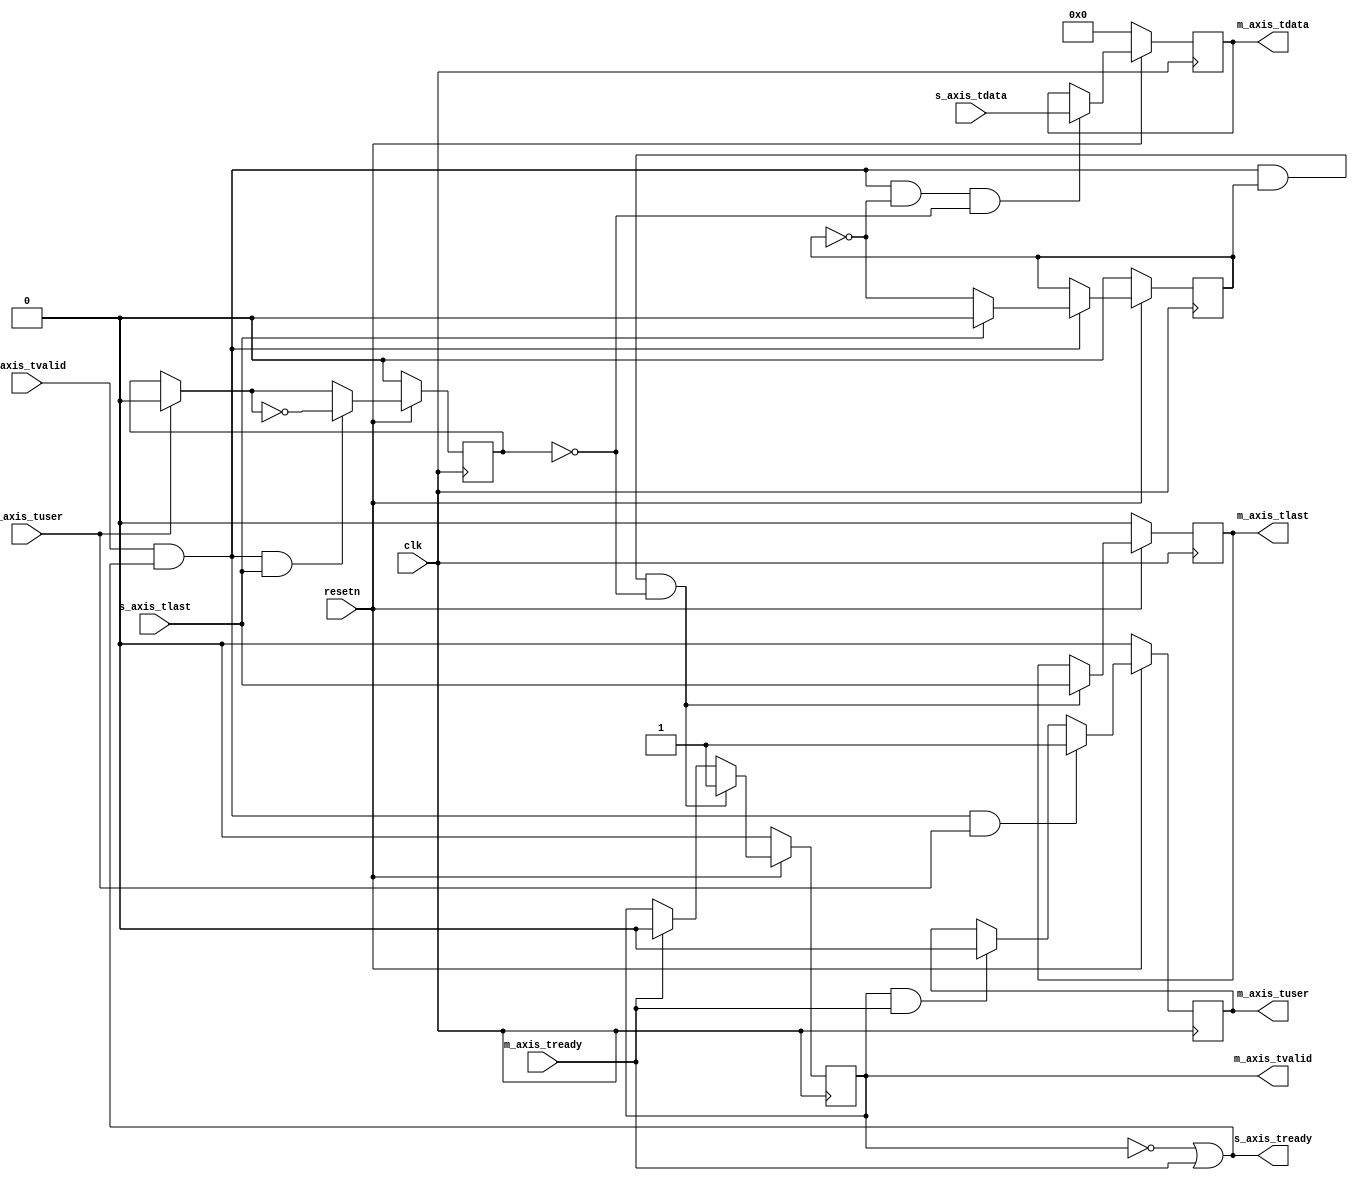
`timescale 1ns / 1ps
//////////////////////////////////////////////////////////////////////////////////
// Company:
// Engineer:
//
// Design Name:
// Module Name: scaler
// Project Name:
// Target Devices:
// Tool Versions:
// Description:
//
// Dependencies:
//
// Revision:
// Revision 0.01 - File Created
// Additional Comments:
//
//////////////////////////////////////////////////////////////////////////////////
module axis_bayer_extractor #
(
	parameter integer C_PIXEL_WIDTH = 8,
	parameter integer C_BYPASS = 0,
	parameter integer C_COL_ODD = 0,
	parameter integer C_ROW_ODD = 0

) (
	input  wire clk,
	input  wire resetn,

	input  wire s_axis_tvalid,
	input  wire [C_PIXEL_WIDTH-1:0] s_axis_tdata,
	input  wire s_axis_tuser,
	input  wire s_axis_tlast,
	output wire  s_axis_tready,

	output wire m_axis_tvalid,
	output wire [C_PIXEL_WIDTH-1:0] m_axis_tdata,
	output wire m_axis_tuser,
	output wire m_axis_tlast,
	input  wire m_axis_tready
);
generate
if (C_BYPASS == 1) begin: direct_connect
	assign m_axis_tvalid = s_axis_tvalid;
	assign m_axis_tdata[C_PIXEL_WIDTH-1:0] = s_axis_tdata[C_PIXEL_WIDTH-1:0];
	assign m_axis_tuser = s_axis_tuser;
	assign m_axis_tlast = s_axis_tlast;
	assign s_axis_tready = m_axis_tready;
end
else begin: extract_quater
	reg  r_m_axis_tvalid;
	assign m_axis_tvalid = r_m_axis_tvalid;
	reg  [C_PIXEL_WIDTH-1:0] r_m_axis_tdata;
	assign m_axis_tdata[C_PIXEL_WIDTH-1:0] = r_m_axis_tdata;
	reg  r_m_axis_tuser;
	assign m_axis_tuser = r_m_axis_tuser;
	reg  r_m_axis_tlast;
	assign m_axis_tlast = r_m_axis_tlast;

	wire snext;
	assign snext = s_axis_tvalid && s_axis_tready;
	wire mnext;
	assign mnext = m_axis_tvalid && m_axis_tready;

	reg sline_lsb;
	reg spixel_lsb;
	wire wline_lsb;
	assign wline_lsb = (s_axis_tuser ? 0 : sline_lsb);
	always @ (posedge clk) begin
		if (resetn == 1'b0)
			sline_lsb <= 0;
		else if (snext && s_axis_tlast)
			sline_lsb <= ~wline_lsb;
		else
			sline_lsb <= wline_lsb;
	end
	always @ (posedge clk) begin
		if (resetn == 1'b0)
			spixel_lsb <= 0;
		else if (snext) begin
			if (s_axis_tlast)
				spixel_lsb <= 0;
			else
				spixel_lsb <= ~spixel_lsb;
		end
	end

	always @ (posedge clk) begin
		if (resetn == 1'b0)
			r_m_axis_tdata <= 0;
		else if (snext
			&& (spixel_lsb == C_COL_ODD)
			&& (sline_lsb == C_ROW_ODD))
			r_m_axis_tdata <= s_axis_tdata;
	end
	always @ (posedge clk) begin
		if (resetn == 1'b0)
			r_m_axis_tvalid <= 0;
		else if (snext
			&& (spixel_lsb == 1)
			&& (sline_lsb == C_ROW_ODD))
			r_m_axis_tvalid <= 1;
		else if (m_axis_tready)
			r_m_axis_tvalid <= 0;
	end

	always @ (posedge clk) begin
		if (resetn == 1'b0)
			r_m_axis_tlast <= 0;
		else if (snext
			&& (spixel_lsb == 1)
			&& (sline_lsb == C_ROW_ODD))
			r_m_axis_tlast <= s_axis_tlast;
	end

	always @ (posedge clk) begin
		if (resetn == 1'b0)
			r_m_axis_tuser <= 0;
		else if (snext
			&& s_axis_tuser)
			r_m_axis_tuser <= 1;
		else if (mnext)
			r_m_axis_tuser <= 0;
	end
	assign s_axis_tready = (~m_axis_tvalid || m_axis_tready);
end
endgenerate
endmodule